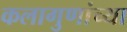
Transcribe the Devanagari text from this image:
कलागुणांच्या